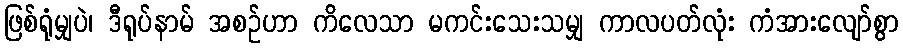
ဖြစ်ရုံမျှပဲ၊ ဒီရုပ်နာမ် အစဉ်ဟာ ကိလေသာ မကင်းသေးသမျှ ကာလပတ်လုံး ကံအားလျော်စွာ